Calcutta medical institutions reports 1892-1900
Year: 1892
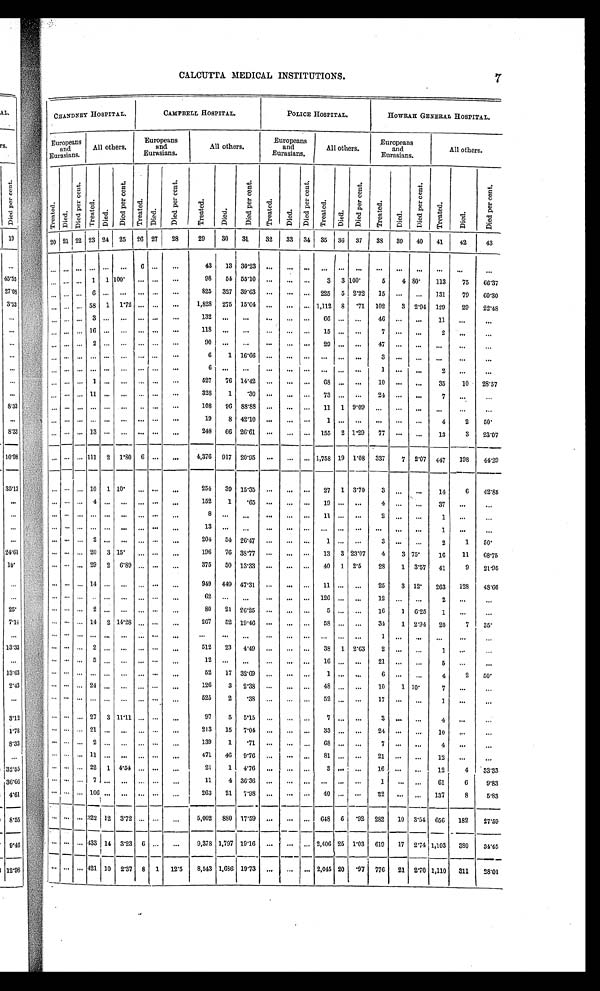
14
REPORT ON THE
Statement showing the results of Major or more important Surgical Oper
MEDI CAL COLLEGE HOSPI TAL.
PRESE
CLASS.
NATURE OF OPERATIONS.
R e m a i n e d .
P e r f o r m e d d u r i n g t h e y e a r . T o t a l .
C u r e d .
R e l i e v e d .
D i s c h a r g e d o t h e r w i s e .
D i e d .
R e m a i n i n g .
R e m a i n e d .
P e r f o r m e d d u r i n g t h e y e a r .
T o t a l .
1
2
3
4
5
6
7 8
9 10 11 12 1 3
Removal of tumours Removal of tumours
4
48 52 41
6
1
4
5 5
Removal of foreign
bodies.
Removal of foreign bodies from deep and
dangerous situations
2
2
1
1
Opening of abscesses Abscesses
4 111 115
89
15
9 2 1 13 14
Operations on nerves Section of nerve
1
1
1
Stretching of nerve
3
3
3
Operations on the eye
and its appendages.
For trichiasis
For ectropion
Operations on other
appendages of the
eye.
For pterygium
22
2 2
1
1
For fistula lacrymalis and lacrymal obstruc-
tion
33
33
For removal of lacrymal gland
1
1
1
Operations on the
eye-ball.
Solution of the lens
5
5
2
2 1
2 2
Artificial pupil
7
5
2
Iridectomy
46
46
20 20
6
Corneal opacity tattooed
2
2
1
Extraction of the lens
39 316 355 252
32 32
39
Laceration of opaque capsule
3
3
2
1
For staphyloma
14
14
Excision of the eye-bal
10
10
7 3
1 1
Incision of cornea
1
1
1
Extraction of foreign bodies
Paracentesis of cornea
Needle operation
Operations of the ear Removal of polypus
4
4
Operations on the
nose.
Extraction of nasal polypus
1
16
17
12
5
Rhinoplastic operation
1
1
1
Operations on other
parts of the head
and face, including
mouth
Division of bands ofr atresia oris
1
1
1
Partial excision of lower jaw
4
4 2
2
Complete ditto of ditto
1
1
1
Partial ditto of upper jaw
1
1
2
1
1
C o m p l e t e d i t t o f o d i t t o
1
1
1
partial ditto of mastoid process
1
1
1
For hare-lip
5
5
4
1
Removal of tonsils
30
30
30
Cephalo—hæmatoma tapped
1
1
1
Sequestrotomy
2
2
2
Partial excision of tongue
4
4
2
1 1
Removal of salivary calculus
Paracentesis for acute hydrocephalus
Removal of cancer of check
1
1
1
Operations on arteries Ligature
3
3
3
Operations for the cure
of aneurism.
Ligature of artery for the cure of aneurism
1 1
Operations on the
veins.
Ligature of veins
3
3 3
Obliteration of varices
4 4
Excision of varices and ligatured
1
1
1
Operations on the
r e s p i r a t o r y o r g a n s .
Tracheotomy
3
3
1
1
1
Partial excision of rib for empyema
1
6
7
4
2 1
Paracentesis of pleura
1
1
1
3 3
Excision of rib for caries
1
1
1
partial resection of ribs for abscess of lungs
and hæmorrhagic pleurisy
2
2
2
Empyema aspirated, opened, &c.
1
1
Operations on the di-
gestive organs.
Removal of polypus rectum
1
1
Proctotomy for stricture of the rectum
2
5
7
5
1 1
Colotomy (inguinal)
4
4
1
1
2
For stricture of the rectum
For hæmorrhoids
2 2
23
1 7
5
1
1 6 16
For imperforate anus
1
1
1
Cauterisation of prolapsus rectum
1
1
1
Division of the sphincter ani
1
18
19
17
1
1
Abdominal section (laparotomy)
6
6
1
5
Paracentesis of the abdomen
6
6
5
1
5 5
Anastomisis of intestines
1
1
1
Extirpation of adenoid vegetation in the naso p h a r y n x
1
1
1
Suppurating peritonitis opened through the
rectum
1
1
1
Protruded omentum clamped and cut off
Operations for hernia For strangulation of hernia with opening of sac
3
12
15 9
1 3 2
Radical cure
1
24
25
21
2
2
5 5
Operations on the l y m - p h a t i c o r g a n s .
Removal of diseased lymphatic glands
2
59
61
53
4
4
21 21
Operations on the uri-
nary organs.
Lithotrity
Lithotomy
2
2
2
Vaginal lithotomy
1 1
Litholapaxy
16 16 12
1
1 2
Median cystotomy and extraction of calculus
1
1
1
For stricture of urethra (forcible dilatation)
For internal urethrotomy
2
2 2
For external urethrotomy (perineal section)
7
48 55
38
6 1 6
4
1
1
Nephrotomy
1
1
1